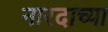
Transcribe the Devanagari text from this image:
नारदाच्या